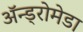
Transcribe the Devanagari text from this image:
अॅन्ड्रोमेडा